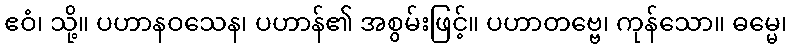
ဧဝံ၊ သို့။ ပဟာနဝသေန၊ ပဟာန်၏ အစွမ်းဖြင့်။ ပဟာတဗ္ဗေ၊ ကုန်သော။ ဓမ္မေ၊